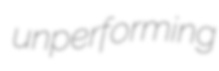
unperforming